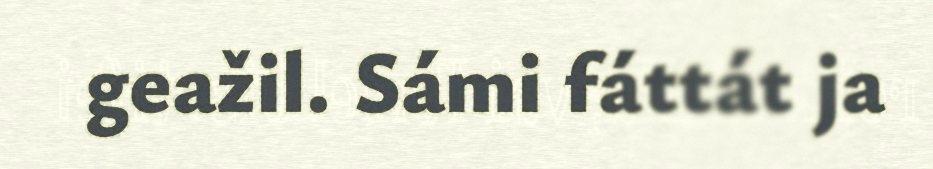
geažil. Sámi fáttát ja